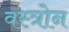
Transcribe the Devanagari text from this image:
वस्त्रोन